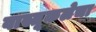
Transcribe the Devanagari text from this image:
वास्तूकलेचा